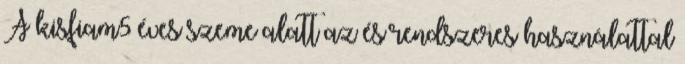
A kisfiam5 éves szeme alatt az és rendszeres használattal